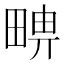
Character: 𤲦